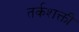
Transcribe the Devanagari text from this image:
तर्कशक्ती